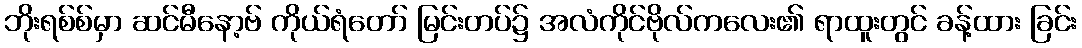
ဘိုးရစ်စ်မှာ ဆင်မီနော့ဗ် ကိုယ်ရံတော် မြင်းတပ်၌ အလံကိုင်ဗိုလ်ကလေး၏ ရာထူးတွင် ခန့်ထား ခြင်း